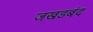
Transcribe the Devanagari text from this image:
जखडबंद